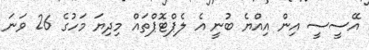
އޭސީސީ އިން އިއްޔެ ބުނީ އެ ލެޕްޓޮޕްތައް މިދިޔަ މަހުގެ 26 ވަނަ